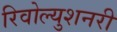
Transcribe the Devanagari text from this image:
रिवोल्युशनरी